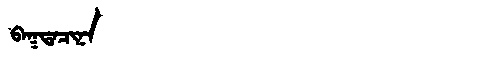
Manchu: ᠪᠠᡴᡨᠠᠴᡳᠨᠠ
Romanization: BAKTACINA